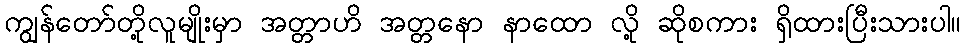
ကျွန်တော်တို့လူမျိုးမှာ အတ္တာဟိ အတ္တနော နာထော လို့ ဆိုစကား ရှိထားပြီးသားပါ။